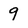
Character: 9